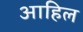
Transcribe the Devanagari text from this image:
आहिल